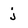
Character: j